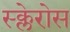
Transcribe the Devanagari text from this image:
स्क्लेरोस